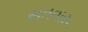
સતવારા